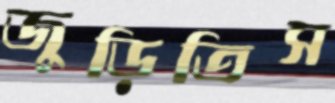
জুড়িতিস